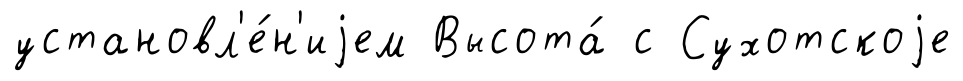
установл'е́н'иjем Высота́ с Сухотскоjе